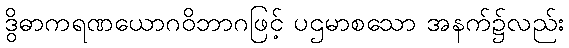
ဒွိဓာကရဏယောဂဝိဘာဂဖြင့် ပဌမာစသော အနက်၌လည်း